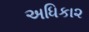
અધિકા૨